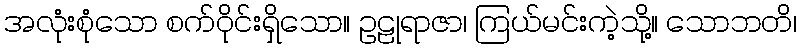
အလုံးစုံသော စက်ဝိုင်းရှိသော။ ဥဠုရာဇာ၊ ကြယ်မင်းကဲ့သို့။ သောဘတိ၊